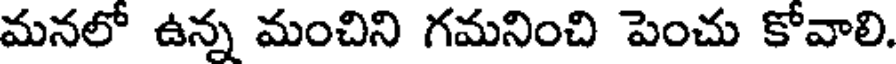
మనలో ఉన్న మంచిని గమనించి పెంచు కోవాలి.